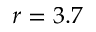
r = 3 . 7